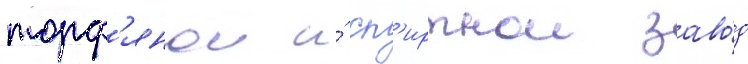
торф'янои и́ сп'иртнои заво́д